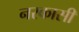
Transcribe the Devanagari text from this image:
नरकासी